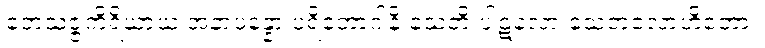
ဘေသဇ္ဇကိရိယာယ အနာပန္နော ပရိဘောဂါနိ သေတိ ပါဋလော သေတလောဟိတော။